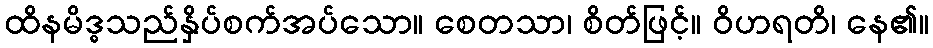
ထိနမိဒ္ဓသည်နှိပ်စက်အပ်သော။ စေတသာ၊ စိတ်ဖြင့်။ ဝိဟရတိ၊ နေ၏။